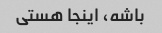
باشه، اینجا هستی